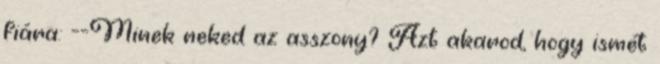
fiára: --Minek neked az asszony? Azt akarod, hogy ismét